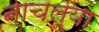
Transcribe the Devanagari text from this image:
नाचल्या